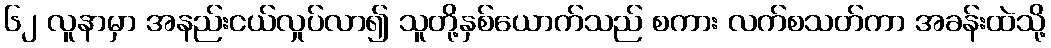
၆၂ လူနာမှာ အနည်းငယ်လှုပ်လာ၍ သူတို့နှစ်ယောက်သည် စကား လက်စသတ်ကာ အခန်းထဲသို့